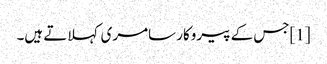
[1]جس کے پیروکار سامری کہلاتے ہیں۔